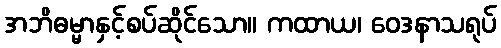
အဘိဓမ္မာနှင့်စပ်ဆိုင်သော။ ကထာယ၊ ဝေဒနာသရုပ်